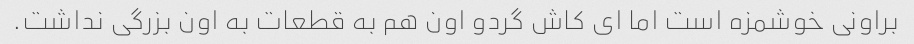
براونی خوشمزه است اما ای کاش گردو اون هم به قطعات به اون بزرگی نداشت.